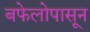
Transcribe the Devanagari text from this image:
बफेलोपासून